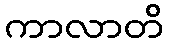
ကာလာတိ